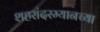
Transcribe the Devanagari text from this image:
शहरांदरम्यानच्या